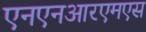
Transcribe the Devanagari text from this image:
एनएनआरएमएस